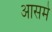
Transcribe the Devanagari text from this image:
आसमे